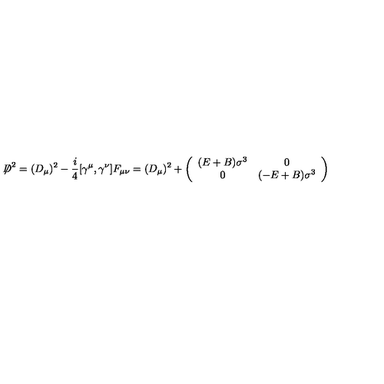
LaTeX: { \not \! \! D } ^ { 2 } = ( D _ { \mu } ) ^ { 2 } - \frac { i } { 4 } [ \gamma ^ { \mu } , \gamma ^ { \nu } ] F _ { \mu \nu } = ( D _ { \mu } ) ^ { 2 } + \left( \begin{array} { c c } { ( E + B ) \sigma ^ { 3 } } & { 0 } \\ { 0 } & { ( - E + B ) \sigma ^ { 3 } } \\ \end{array} \right)